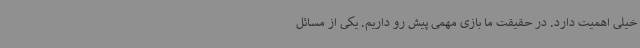
خیلی اهمیت دارد. در حقیقت ما بازی مهمی پیش رو داریم. یکی از مسائل